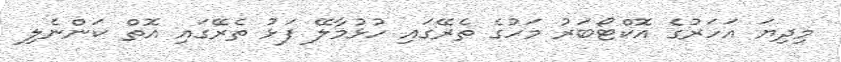
މިދިޔަ އަހަރުގެ އޮކްޓޯބަރު މަހުގެ ތެރޭގައި ހުޅުމާލޭ ފަޅު ތެރޭގައި އޮތް ކަންނެލި